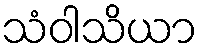
သံဝါသိယာ